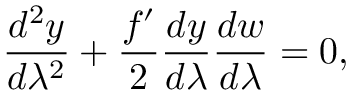
\frac { d ^ { 2 } y } { d \lambda ^ { 2 } } + \frac { f ^ { \prime } } { 2 } \frac { d y } { d \lambda } \frac { d w } { d \lambda } = 0 ,